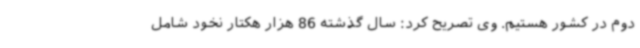
دوم در کشور هستیم. وی تصریح کرد: سال گذشته 86 هزار هکتار نخود شامل